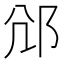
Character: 𨚂